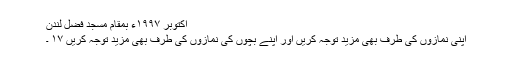
اکتوبر ١٩٩٧ء بمقام مسجد فضل لندن
اپنی نمازوں کی طرف بھی مزید توجہ کریں اور اپنے بچوں کی نمازوں کی طرف بھی مزید توجہ کریں ١٧ ۔